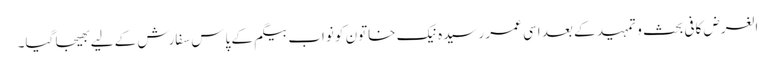
الغرض کافی بحث و تمہید کے بعد اسی عمر رسیدہ نیک خاتون کو نواب بیگم کے پاس سفارش کے لیے بھیجا گیا۔